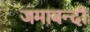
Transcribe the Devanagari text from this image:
जमाबन्दी